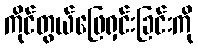
ကိုင်တွယ်ဖြေရှင်းခြင်းကို